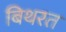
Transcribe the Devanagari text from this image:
बिथरत